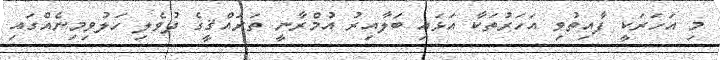
މި އަހަރަކީ ފާއިތުވި އަހަރުތަކާ އަޅައި ބަލާއިރު އުމްރާނީ ތަރައްޤީގެ ދުވެލި ހަލުވިމިނެއްގައި